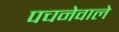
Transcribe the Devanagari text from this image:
पचनेवाले